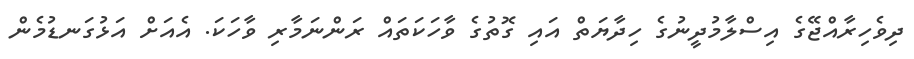
ދިވެހިރާއްޖޭގެ އިސްލާމުދީނުގެ ހިދާޔަތް އައި ގޮތުގެ ވާހަކަތައް ރަންނަމާރި ވާހަކަ. އެއަށް އަޅުގަނޑުމެން